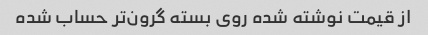
از قیمت نوشته شده روی بسته گرون‌تر حساب شده